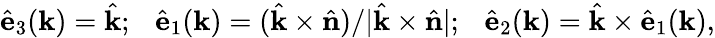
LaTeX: \hat{\mathbf e}_{3}(\mathbf{k})=\hat{\mathbf k};~~~\hat{\mathbf e}_{1}(\mathbf{k})=(\hat{\mathbf k}\times\hat{\mathbf n})/\lvert\hat{\mathbf k}\times\hat{\mathbf n}\rvert;~~~\hat{\mathbf e}_{2}(\mathbf{k})=\hat{\mathbf k}\times\hat{\mathbf e}_{1}(\mathbf{k}),